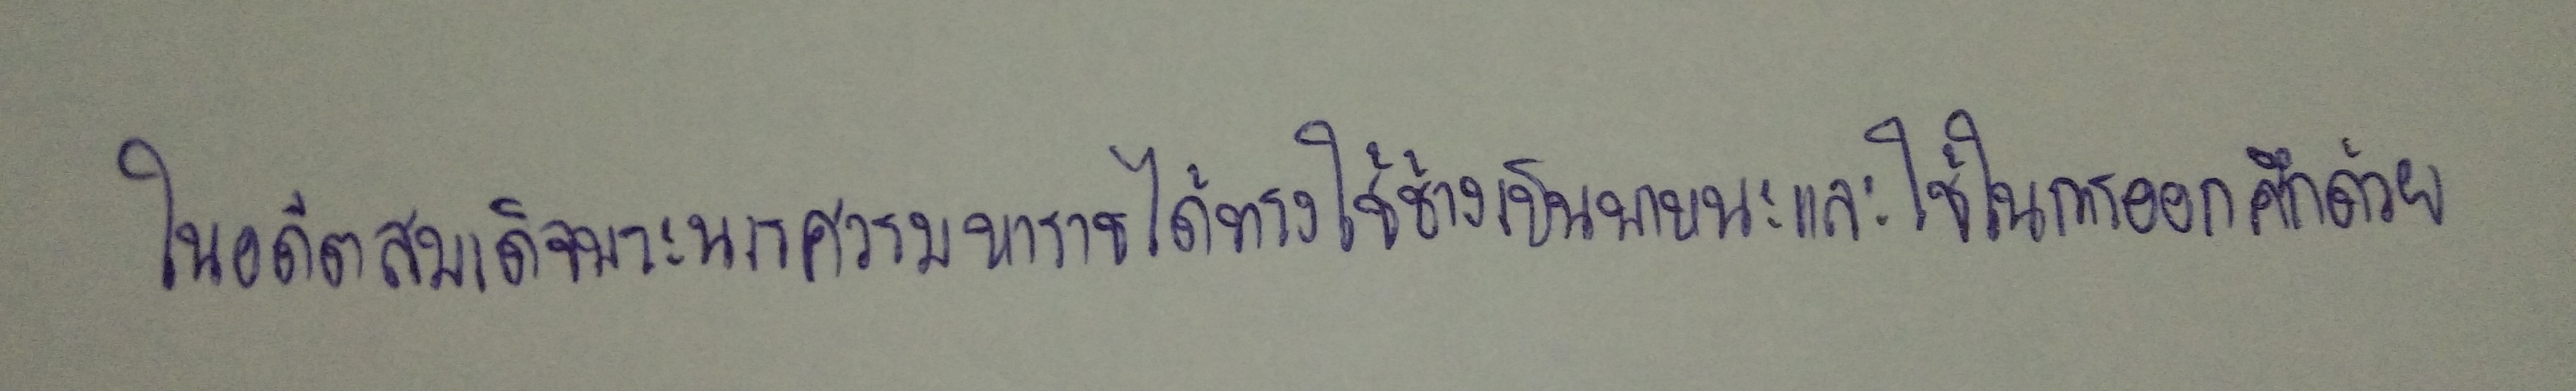
ในอดีตสมเด็จพระนเรศวรมหาราชได้ทรงใช้ช้างเป็นพาหนะและใช้ในการออกศึกด้วย